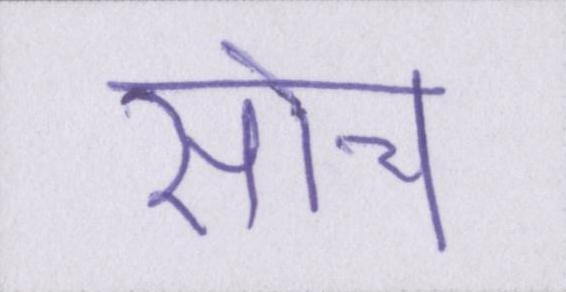
सोच